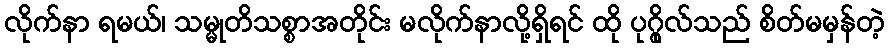
လိုက်နာ ရမယ်၊ သမ္မုတိသစ္စာအတိုင်း မလိုက်နာလို့ရှိရင် ထို ပုဂ္ဂိုလ်သည် စိတ်မမှန်တဲ့